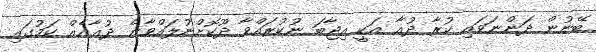
ބޭނުން ދަންނަވައި ކުރާ ދުޢާ އަކީ އިޖާބަ ނުކުރައްވާ ދޫކޮށްނުލައްވާނެ ދުޢާއެއް ކަމުގައި